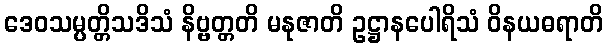
ဒေဝသမ္ပတ္တိသဒိသံ နိဗ္ဗတ္တတိ မနုဇာတိ ဥဋ္ဌာနပေါရိသံ ဝိနယဓရာတိ